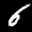
Label: 6